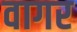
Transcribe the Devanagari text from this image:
वागर